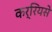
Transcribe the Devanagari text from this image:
कर्रियसे